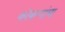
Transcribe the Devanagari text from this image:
कोकणांचा